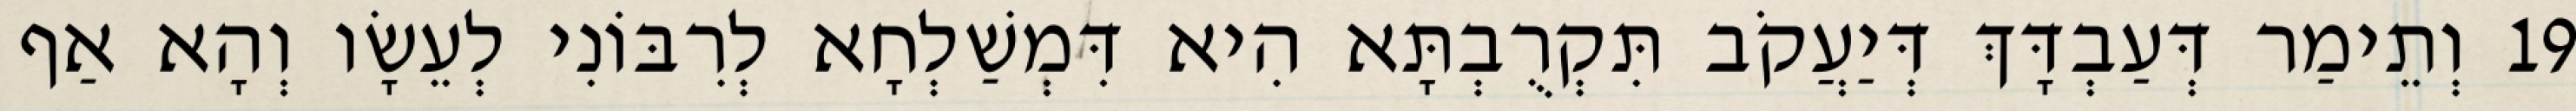
19 וְתֵימַר דְּעַבְדָּךְ דְּיַעֲקֹב תִּקְרֻבְתָּא הִיא דִּמְשַׁלְחָא לְרִבּוֹנִי לְעֵשָׂו וְהָא אַף